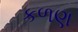
કળણ